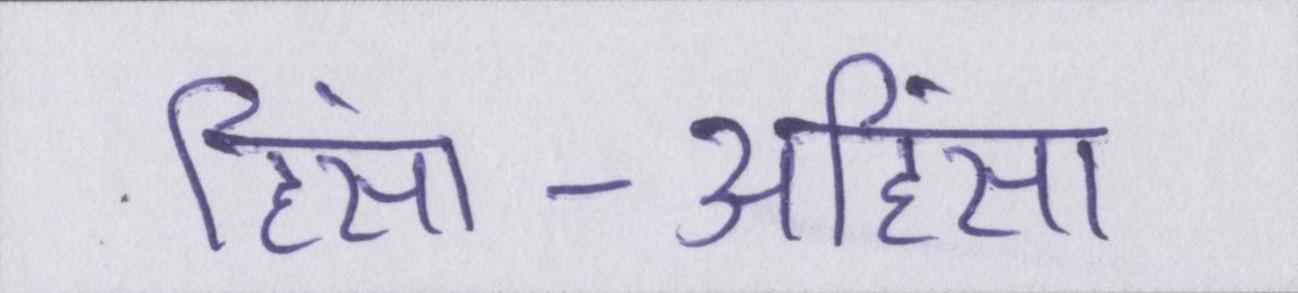
हिंसा-अहिंसा